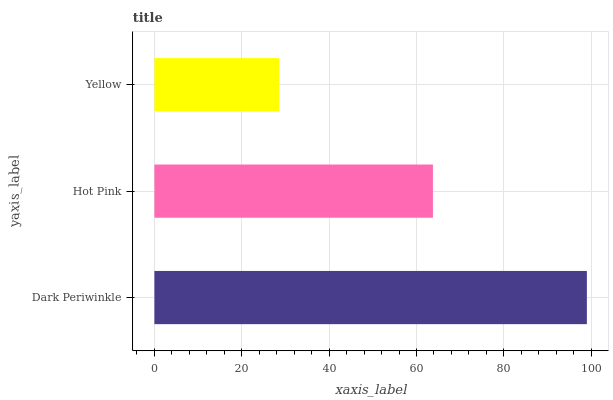
| yaxis_label | bars |
 | --- | --- |
 | Dark Periwinkle | 99 |
 | Hot Pink | 63.8 |
 | Yellow | 28.5 |